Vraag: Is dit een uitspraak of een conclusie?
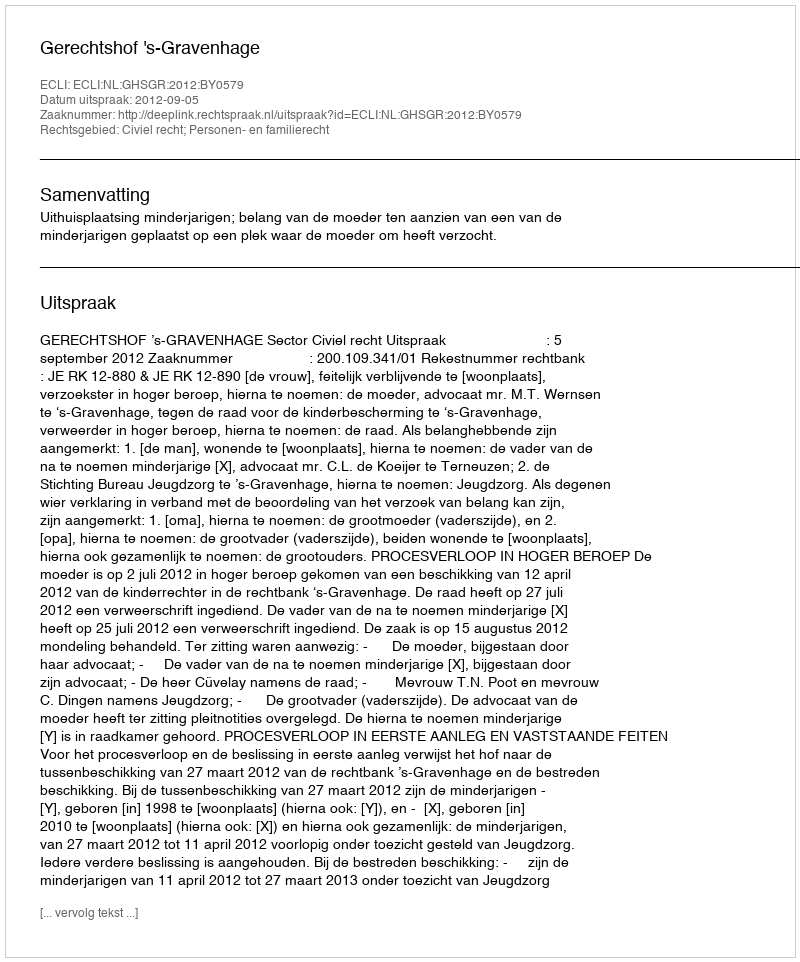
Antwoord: Uitspraak